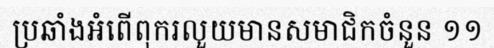
ប្រឆាំងអំពើពុករលួយមានសមាជិកចំនួន ១១